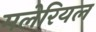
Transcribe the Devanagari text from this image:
मलेरियल